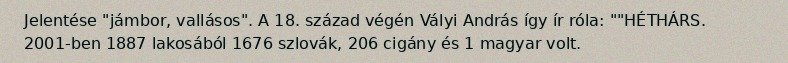
Jelentése "jámbor, vallásos". A 18. század végén Vályi András így ír róla: ""HÉTHÁRS. 2001-ben 1887 lakosából 1676 szlovák, 206 cigány és 1 magyar volt.